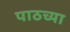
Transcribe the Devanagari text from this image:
पाठच्या